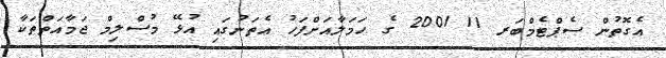
އެގޮތުން ސެޕްޓެމްބަރ 11 2001 ގެ ހަމަލާއަށްފަހު އެތަނުގައި އުޅޭ މުސްލިމް ޖަމާއަތްތަކާ